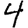
Digit: 4